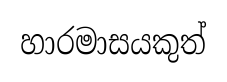
හාරමාසයකුත්